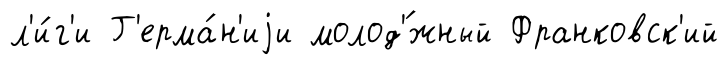
л'и́г'и Г'ерма́н'иjи молод'́жный Франковск'ий